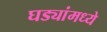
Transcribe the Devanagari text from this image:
घड्यांमध्ये